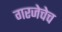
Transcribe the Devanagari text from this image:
गरजेचेच